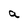
Character: a